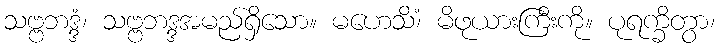
သဗ္ဗဘဒ္ဒံ၊ သဗ္ဗဘဒ္ဒအမည်ရှိသော။ မဟေသိံ၊ မိဖုယားကြီးကို။ ပုရက္ခိတွာ၊